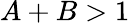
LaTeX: A+B>1